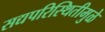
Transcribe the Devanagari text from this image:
सद्यपरिस्थितीमुळे